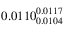
0 . 0 1 1 0 _ { 0 . 0 1 0 4 } ^ { 0 . 0 1 1 7 }